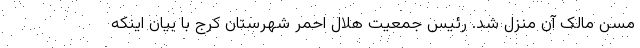
مسن مالک آن منزل شد. رئیس جمعیت هلال احمر شهرستان کرج با بیان اینکه